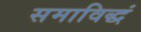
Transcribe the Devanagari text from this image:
समाविद्धं